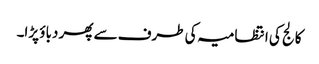
کالج کی انتظامیہ کی طرف سے پھر دباؤ پڑا۔